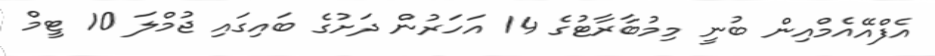
އެފްއޭއެމްއިން ބުނީ މިމުބާރާޓުގެ 14 އަހަރުން ދަށުގެ ބައިގައި ޖުމްލަ 10 ޓީމް